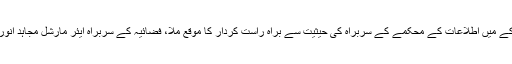
انہوں نے کہا کہ مجھے فخر ہے کہ 27 فروری کے عظیم معرکے میں اطلاعات کے محکمے کے سربراہ کی حیثیت سے براہ راست کردار کا موقع ملا، فضائیہ کے سربراہ ایئر مارشل مجاہد انور خان اور ان کی ٹیم کی محبت اوراعتماد نہ بھولنے والا وقت تھا۔